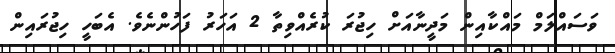
ވަސައްލަމް މައްކާއިން މަދީނާއަށް ހިޖުރަ ކުރެއްވިތާ 2 އަހަރު ފަހުންނެވެ. އެބަހީ ހިޖުރައިން